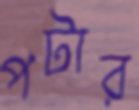
পটার